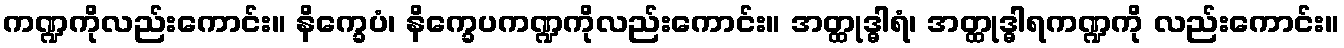
ကဏ္ဍကိုလည်းကောင်း။ နိက္ခေပံ၊ နိက္ခေပကဏ္ဍကိုလည်းကောင်း။ အတ္ထုဒ္ဓါရံ၊ အတ္ထုဒ္ဓါရကဏ္ဍကို လည်းကောင်း။